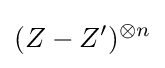
(Z-Z')^{\otimes n}